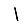
Digit: 1